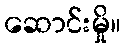
ဆောင်းမှို။